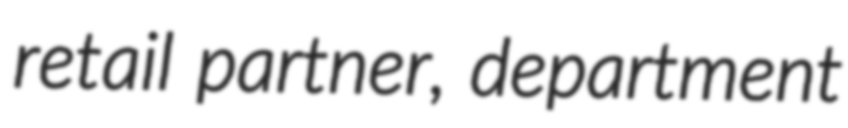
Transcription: retail partner, department